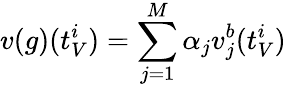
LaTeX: v(g)(t_{V}^{i})=\sum_{j=1}^{M}\alpha_{j}v_{j}^{b}(t_{V}^{i})